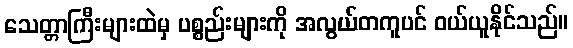
သေတ္တာကြီးများထဲမှ ပစ္စည်းများကို အလွယ်တကူပင် ဝယ်ယူနိုင်သည်။